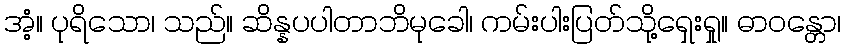
အံ့။ ပုရိသော၊ သည်။ ဆိန္နပပါတာဘိမုခေါ၊ ကမ်းပါးပြတ်သို့ရှေးရှု။ ဓာဝန္တော၊